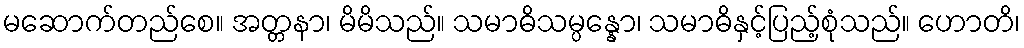
မဆောက်တည်စေ။ အတ္တနာ၊ မိမိသည်။ သမာဓိသမ္ပန္နော၊ သမာဓိနှင့်ပြည့်စုံသည်။ ဟောတိ၊